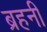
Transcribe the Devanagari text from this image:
ब्रहनी